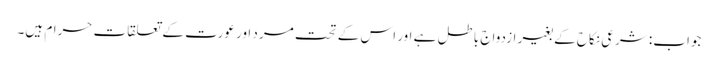
جواب: شرعی نکاح کے بغیر ازدواج باطل ہے اور اس کے تحت مرد اور عورت کے تعلقات حرام ہیں۔